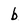
Character: b